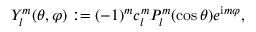
Y _ { l } ^ { m } ( \theta , \varphi ) : = ( - 1 ) ^ { m } c _ { l } ^ { m } P _ { l } ^ { m } ( \cos \theta ) e ^ { \mathrm { i } m \varphi } ,